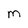
Character: m